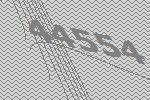
44554